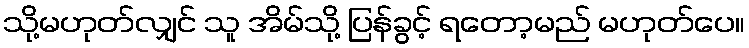
သို့မဟုတ်လျှင် သူ အိမ်သို့ ပြန်ခွင့် ရတော့မည် မဟုတ်ပေ။